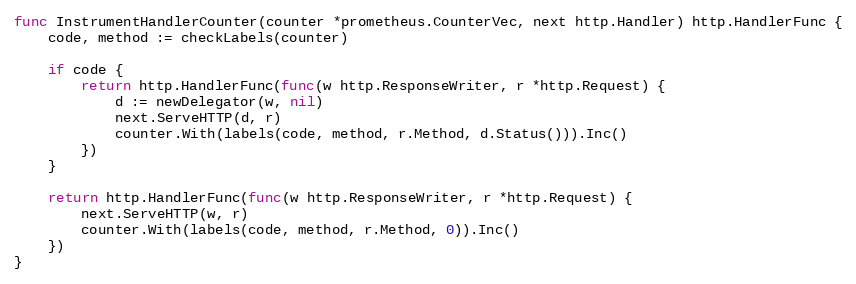
Language: Go
func InstrumentHandlerCounter(counter *prometheus.CounterVec, next http.Handler) http.HandlerFunc {
	code, method := checkLabels(counter)

	if code {
		return http.HandlerFunc(func(w http.ResponseWriter, r *http.Request) {
			d := newDelegator(w, nil)
			next.ServeHTTP(d, r)
			counter.With(labels(code, method, r.Method, d.Status())).Inc()
		})
	}

	return http.HandlerFunc(func(w http.ResponseWriter, r *http.Request) {
		next.ServeHTTP(w, r)
		counter.With(labels(code, method, r.Method, 0)).Inc()
	})
}